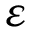
\varepsilon